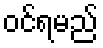
ဝင်ရမည်